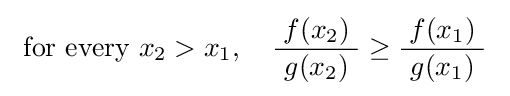
\ {\text{for every }}x_{2}>x_{1},\quad {\frac {f(x_{2})}{\ g(x_{2})\ }}\geq {\frac {f(x_{1})}{\ g(x_{1})\ }}\